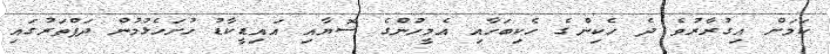
ކަމަށް އިގުރާރުވެ ދެ ހެކިންގެ ހެކިބަހާއި އެމީހުންގެ ސޮޔާއި އައިޑީކާޑު ހުށަހެޅުމުން ދަފްތަރުގައި